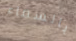
بالسماء